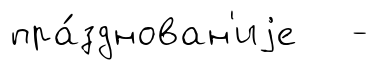
пра́зднован'иjе -